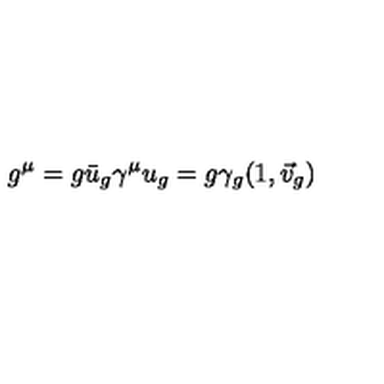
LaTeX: g ^ { \mu } = g \bar { u } _ { g } \gamma ^ { \mu } u _ { g } = g \gamma _ { g } ( 1 , \vec { v } _ { g } )